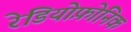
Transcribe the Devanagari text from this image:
रेडियोफ़ोनिक